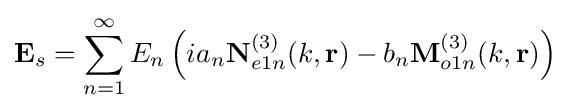
\mathbf {E} _{s}=\sum _{n=1}^{\infty }E_{n}\left(ia_{n}\mathbf {N} _{e1n}^{(3)}(k,\mathbf {r} )-b_{n}\mathbf {M} _{o1n}^{(3)}(k,\mathbf {r} )\right)